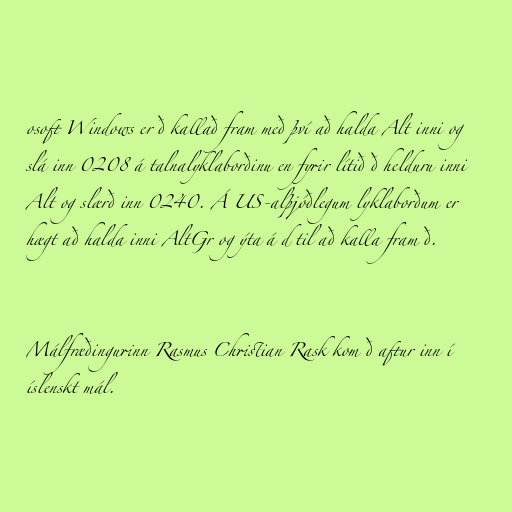
osoft Windows er ð kallað fram með því að halda Alt inni og
slá inn 0208 á talnalyklaborðinu en fyrir lítið ð helduru inni
Alt og slærð inn 0240. Á US-alþjóðlegum lyklaborðum er
hægt að halda inni AltGr og ýta á d til að kalla fram ð.

Málfræðingurinn Rasmus Christian Rask kom ð aftur inn í
íslenskt mál.